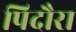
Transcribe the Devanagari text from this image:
पिदौरा